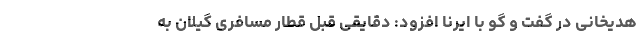
هدیخانی در گفت و گو با ایرنا افزود: دقایقی قبل قطار مسافری گیلان به